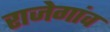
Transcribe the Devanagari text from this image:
राजेगांव